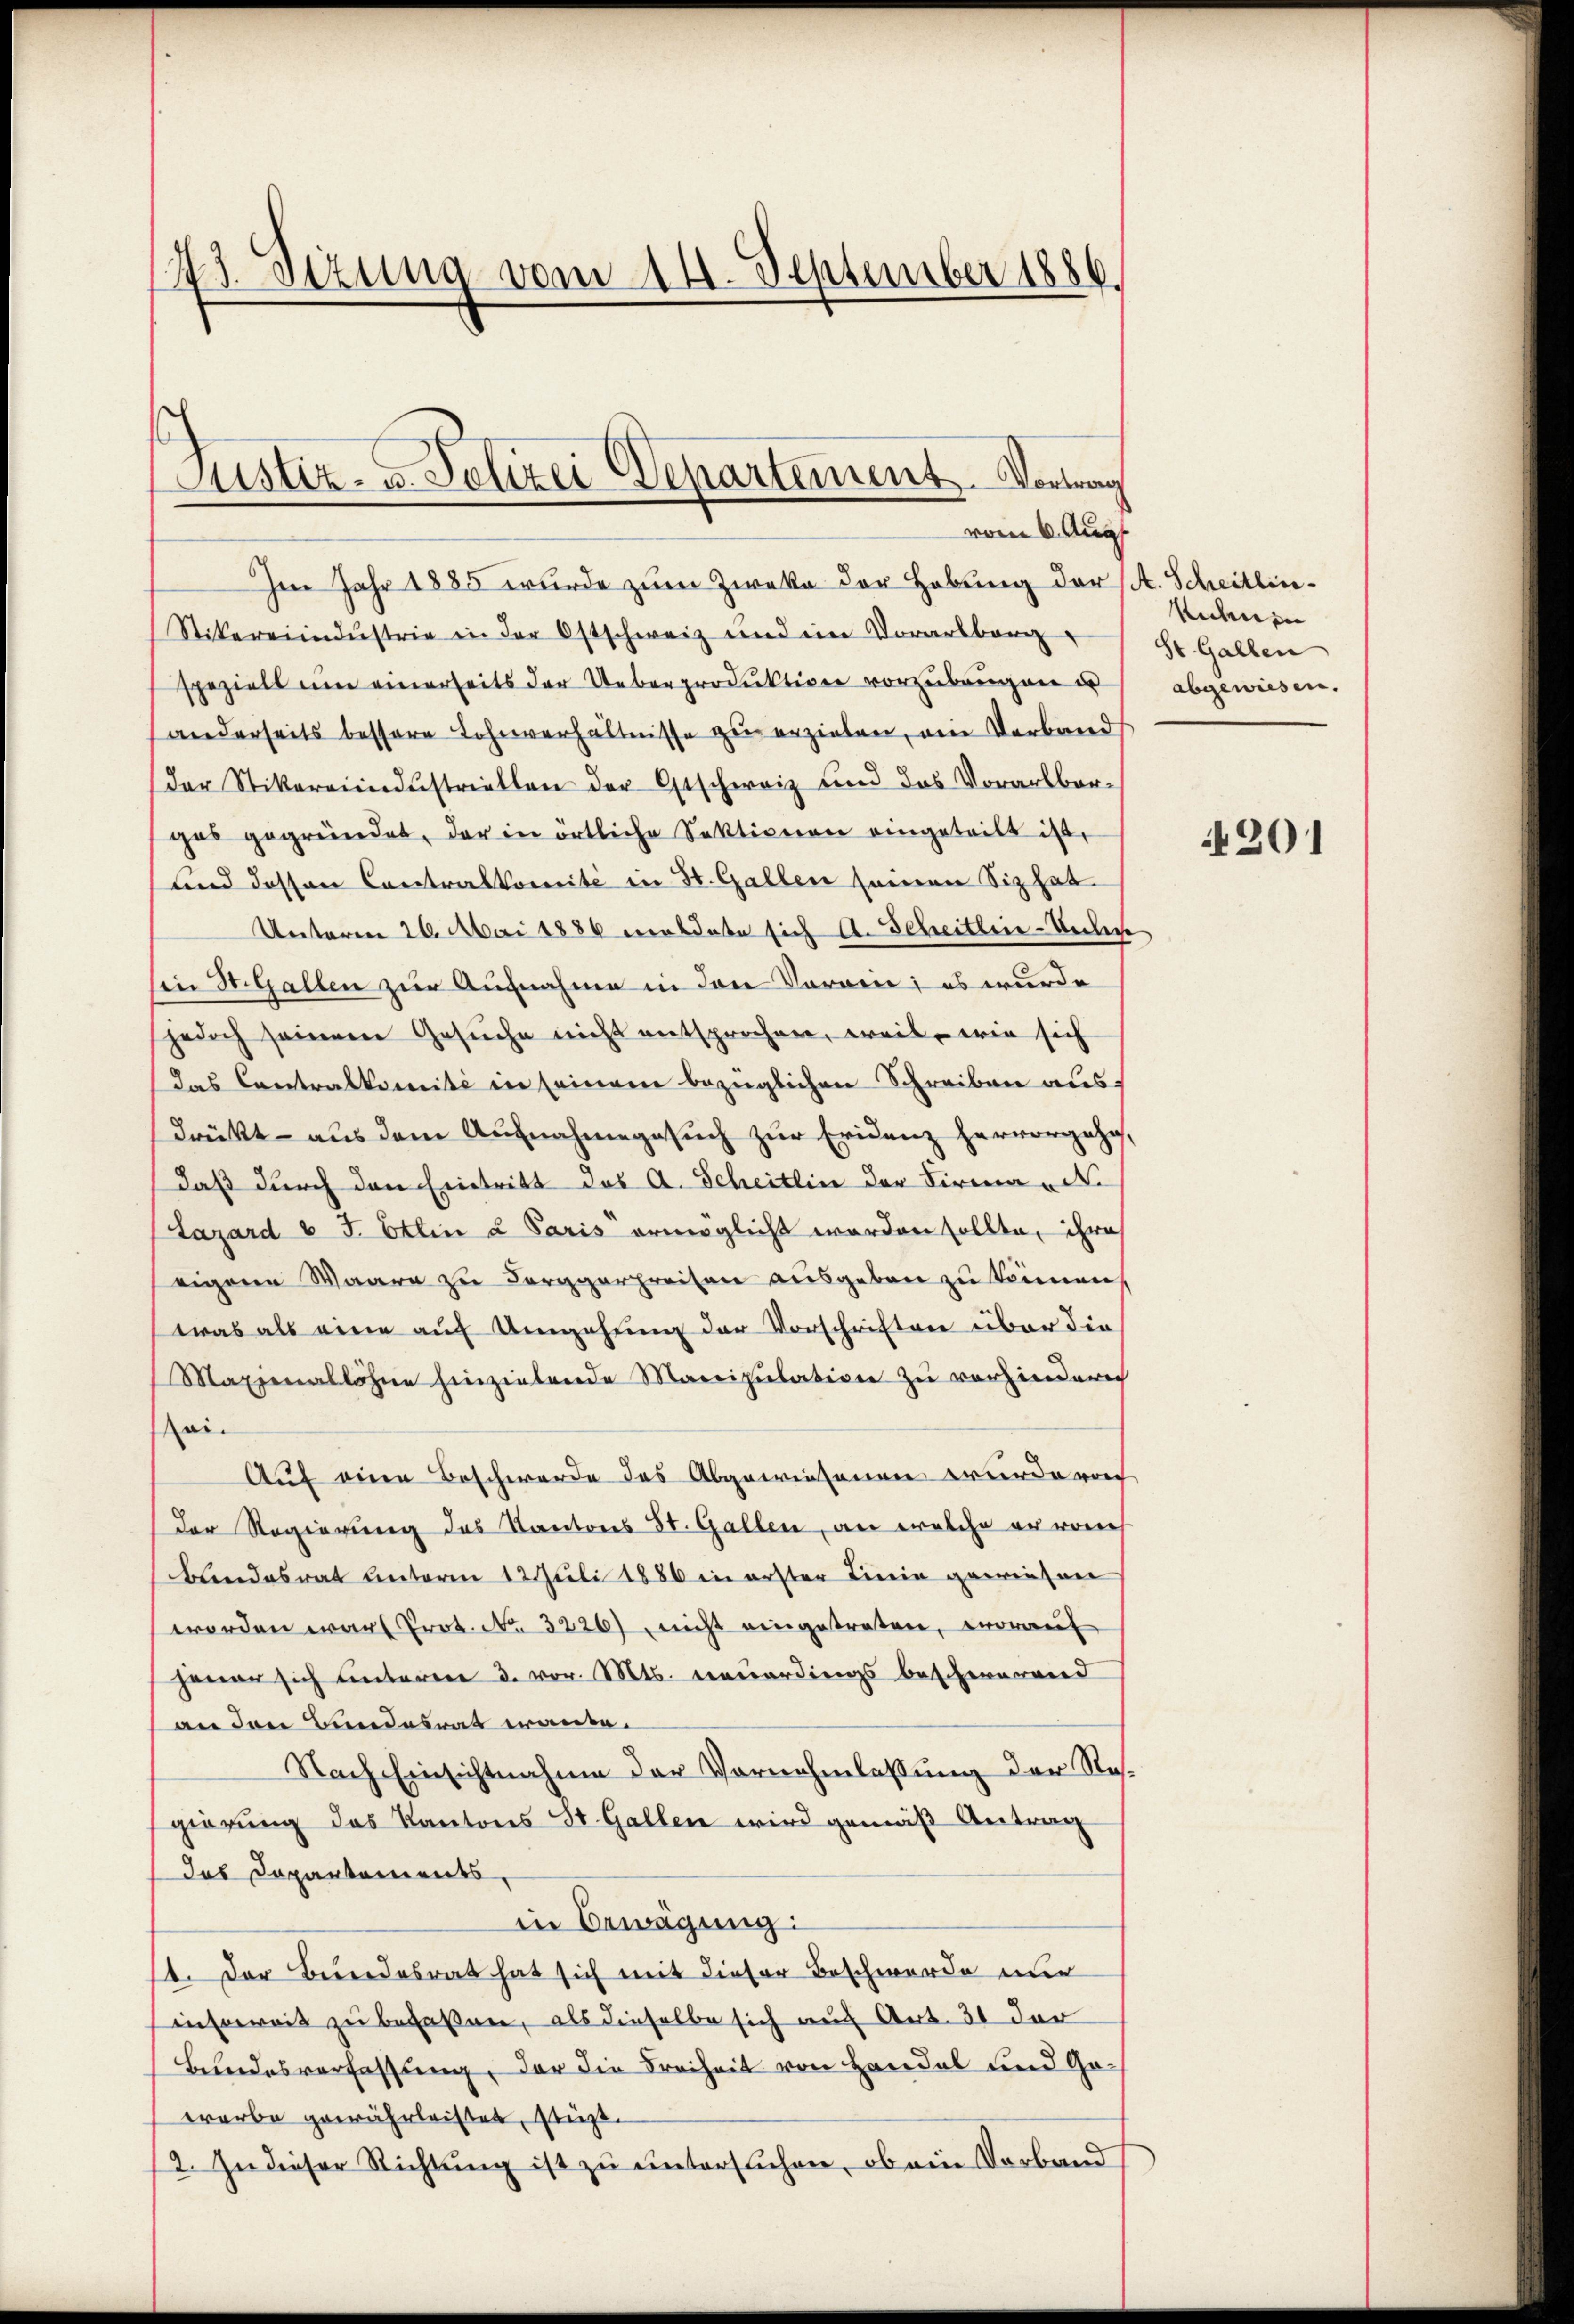
43. Sizung vom 14. September 1886.

Justiz- u. Polizei Departement. Vortrag
vom 6. Aug.

Im Jahr 1885 wurde zum Zweke der Hebung der A. Scheitlin¬
Stikereiindustrie in der Ostschweiz und ein Vorarbbarg
speziell um einerseits der Ueberproduktion vorzubeugen u
anderseits bessere Lohnverhältnisse zu erziehen, ein Verband
der Stikereindestriellen der Geschweiz und das Vorarlbergas gegründet, der in örtliche Sektionen eingeteilt ist,
und dessen Contralkomité in St. Gallen seinen Siz hat
Unteren 26. Mai 1886 moldate sich s. Scheitlei-Telege
Ein St. Gallen zur Aufnahme in den Vororie; es wurde
jedoch seinem Gesuche nicht entsprochen, weil, wie sich
das Contralkomité in seinem bezüglichen Schreiben aus
drükt - aus dem Aufnahmegesuch zur Evidenz hervorgehe,
daß durch den Eintritt das A. Scheitlin der Firma N.
Lazard v. J. Etlin u Paris ermöglicht worden sollte, ihre
eigene Waare zu Berggerpreisen ausgeben zu können,
was als eine auf Umgehung der Vorschriften über die
Maxenallöhne hinzielende Mareipulation zu vorhindern
ai.
Auf eine Beschwerde des Abgewiesenen wurde von
Der Regierung des Kantons St. Gallen, an welche er vom
bandesrat unterm 12. Juli 1886 in erster Linie gereichen
worden war Prot. No. 3226) nicht eingetreten, worauf
jener sich unterner 3. vor. Mts. neuerdings beschwerend
an den Bundesrat wande.
Nach Einsichtnahme der Vornehmlassung der Regierung des Kantons St. Gallen wird gemäß Antrag
das Departements,
in Bewägung:
14. Der Bewendesrat hat sich mit dieser Beschwerde nur
insoweit zu befaßen, als dieselbe sich auf Art. 31 der
Bundesverfassung, der die Freiheit von Handel und Gowarbe gewährleistet, stüzt.
2. In dieser Richtung ist zu untersuchen, ob ein Verband

eiden in
St. Gallen
abgewiesen.

201